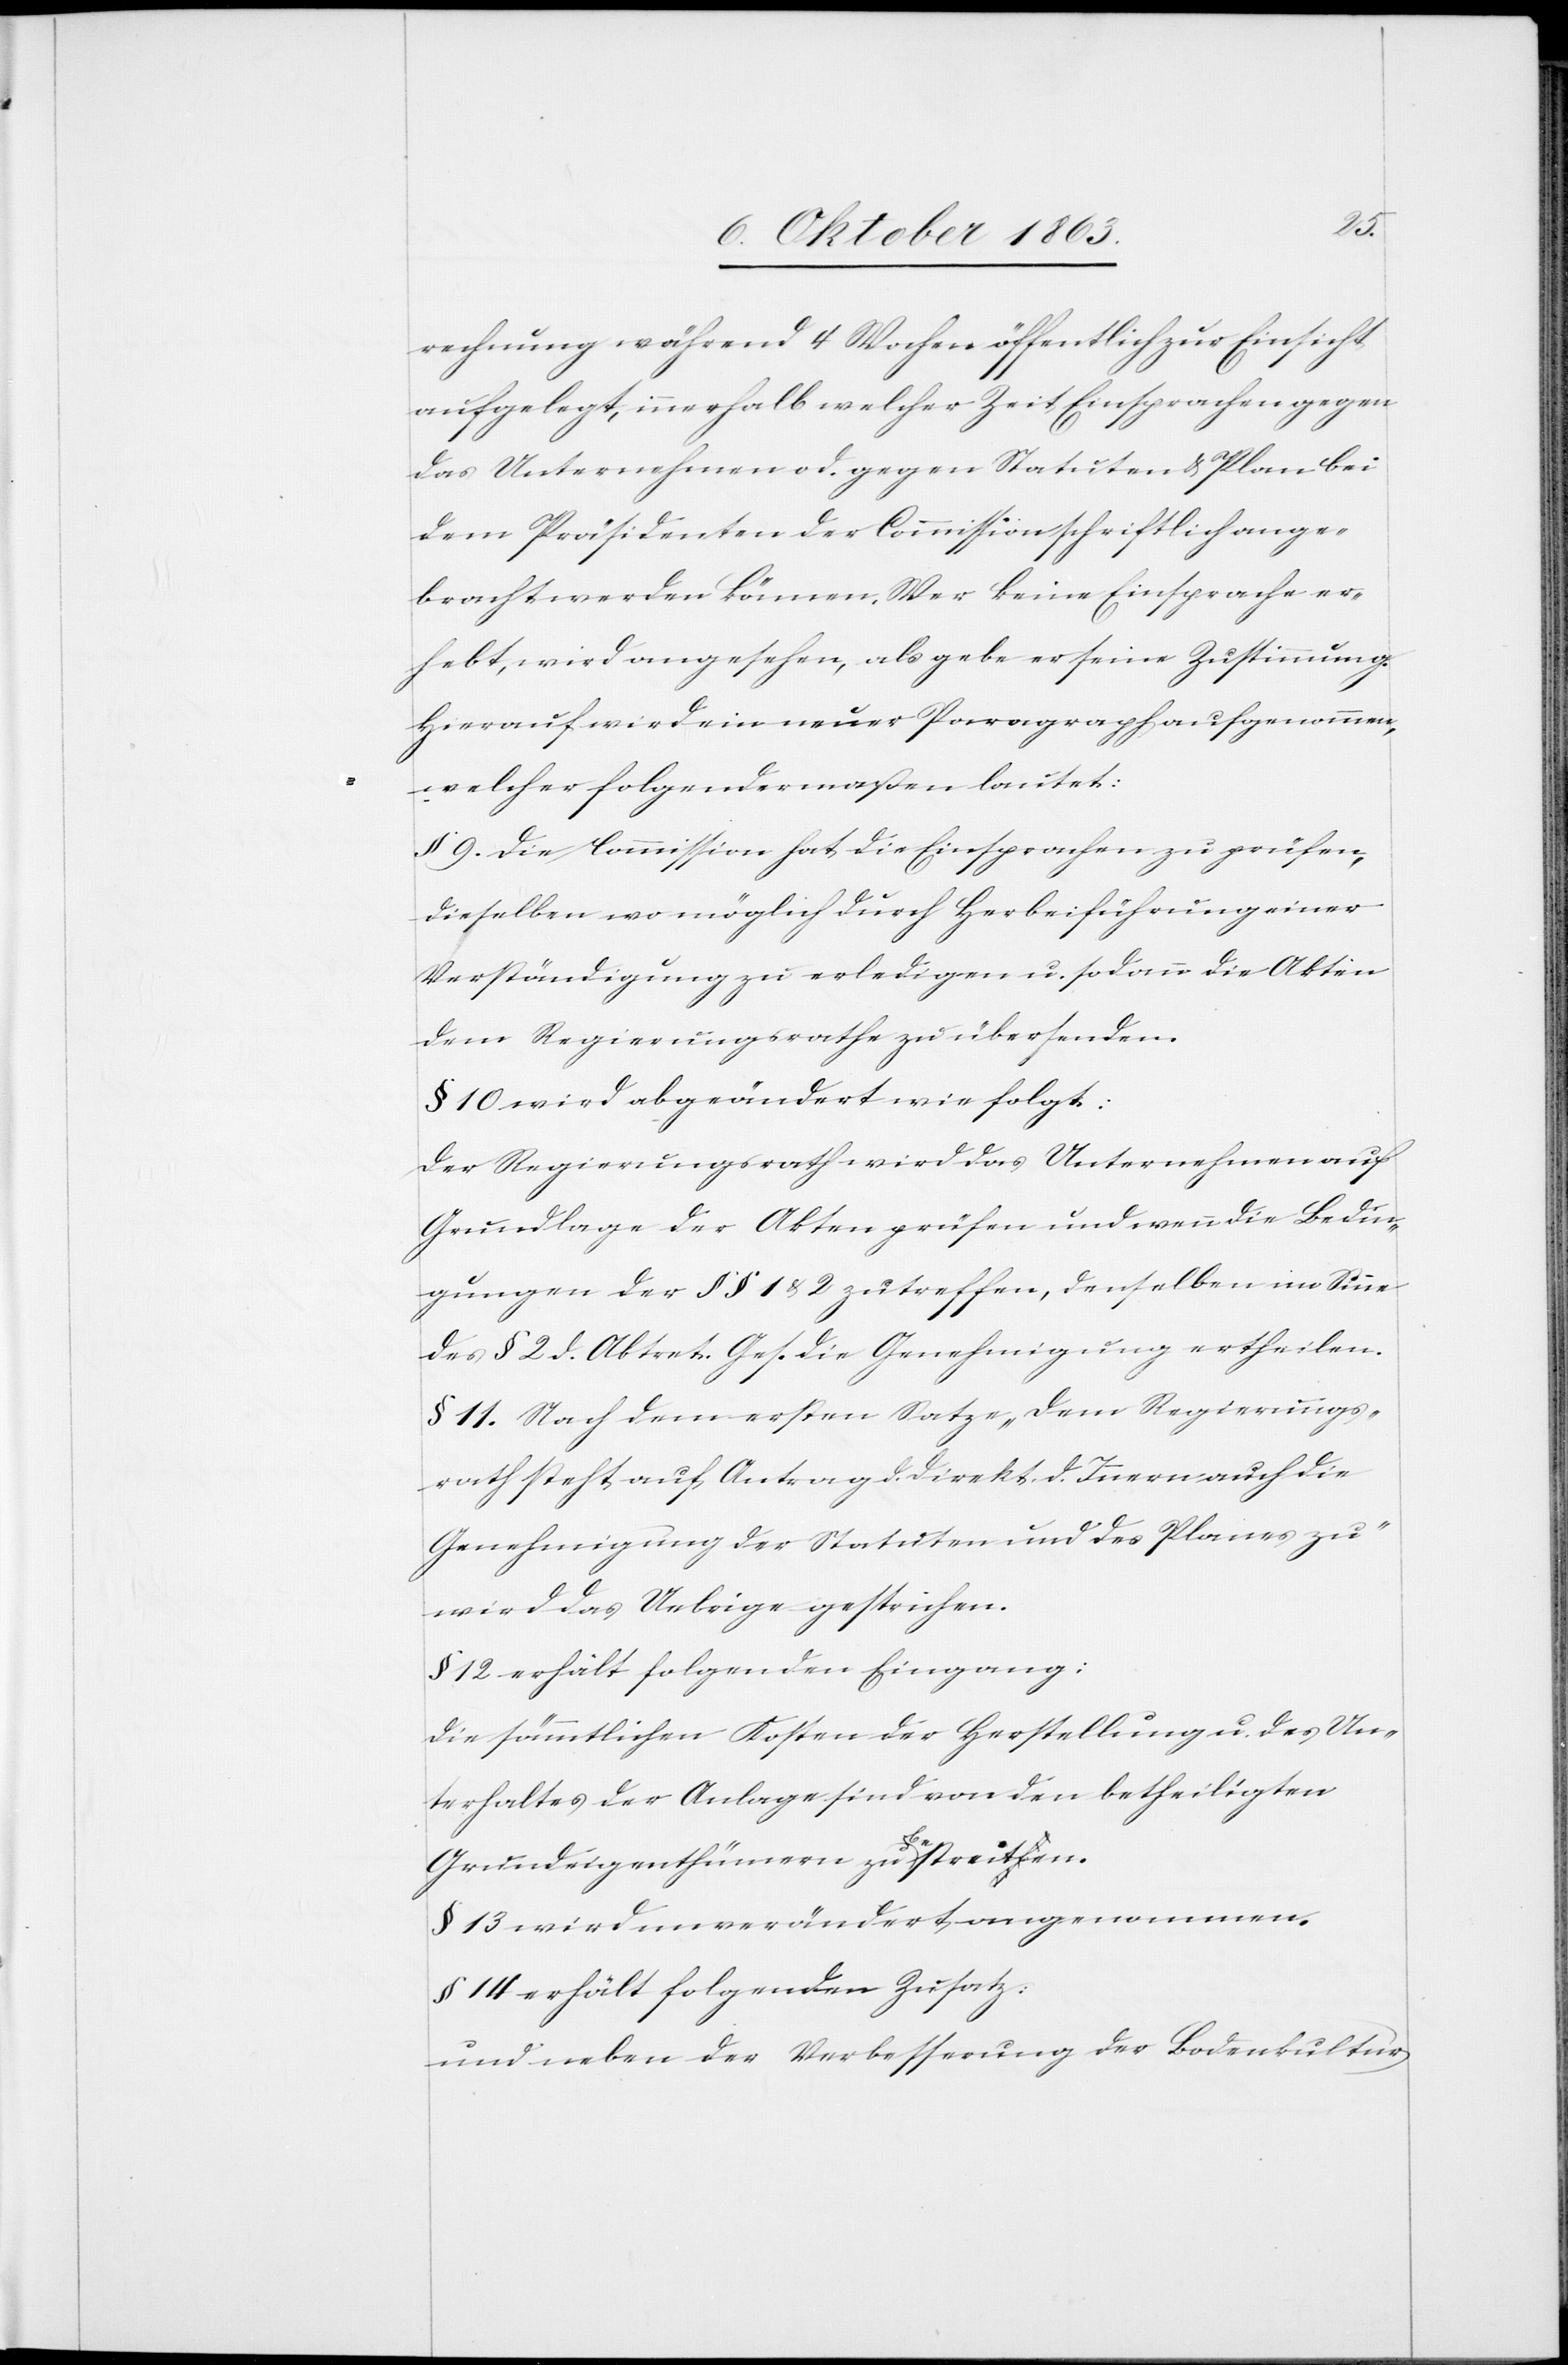
rechnung während 4 Wochen öffentlich zur Einsicht
aufgelegt, innerhalb welcher Zeit Einsprachen gegen
das Unternehmen od. gegen Statuten & Plan bei
dem Präsidenten der Commission schriftlich ange¬
bracht werden können. Wer keine Einsprache er¬
hebt, wird angesehen, als gebe er seine Zustimmung.
Hierauf wird ein neuer Paragraph aufgenommen,
welcher folgendermaßen lautet:
§ 9. Die Commission hat die Einsprachen zu prüfen,
dieselben wo möglich durch Herbeiführung einer
Verständigung zu erledigen u. sodann die Akten
dem Regierungsrathe zu übersenden.
§ 10 wird abgeändert wie folgt:
Der Regierungsrath wird das Unternehmen auf
Grundlage der Akten prüfen und wenn die Bedin¬
gungen der §§ 1 & 2 zutreffen, denselben im Sinne
des § 2 d. Abtret. Ges. die Genehmigung ertheilen.
§ 11. Nach dem ersten Satze „dem Regierungs¬
rath steht auf Antrag d. Direkt. d. Innern auch die
Genehmigung der Statuten und des Planes zu“
wird das Uebrige gestrichen.
§ 12 erhält folgenden Eingang:
Die sämmtlichen Kosten der Herstellung u. des Un¬
terhaltes der Anlage sind von den betheiligten
Grundeigenthümern zu bestreiten.
§ 13 wird unverändert angenommen.
§ 14 erhält folgenden Zusatz:
und neben der Verbesserung der Bodenkultur